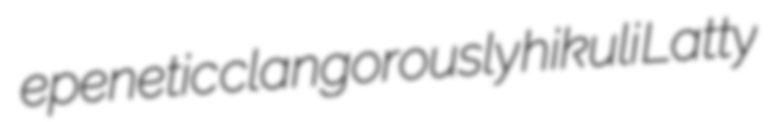
epenetic clangorously hikuli Latty